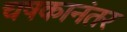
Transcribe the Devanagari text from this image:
चषकानंतर